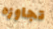
تجاوزه